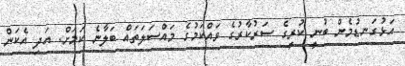
އަޅުގަނޑުމެން ބުނީ ކުރީގެ ސަރުކާރުގެ ވައްކަމުގެ މައްސަލަތައް ބަލާނެ ކަމަށް. އަދި އެކަން